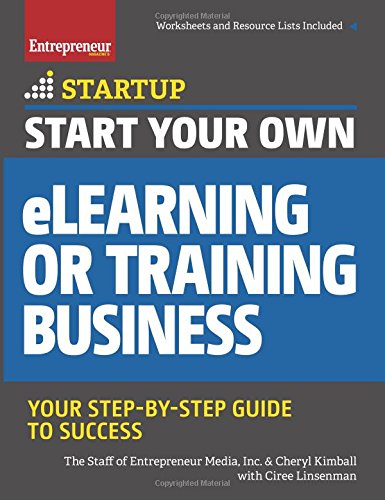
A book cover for Start Your Own eLearning or Training Business: Your Step-By-Step Guide to Success (StartUp Series); The Staff of Entrepreneur Media; Education & Teaching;